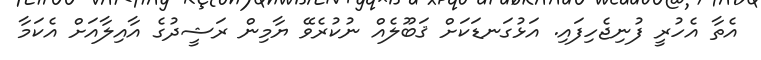
އެތާ އެހުރީ ފުނިޖެހިފައި. އަޅުގަނޑަކަށް ޤަބޫލެއް ނުކުރެވޭ ޔާމިން ރަޝީދުގެ އާއިލާއަށް އެކަމާ